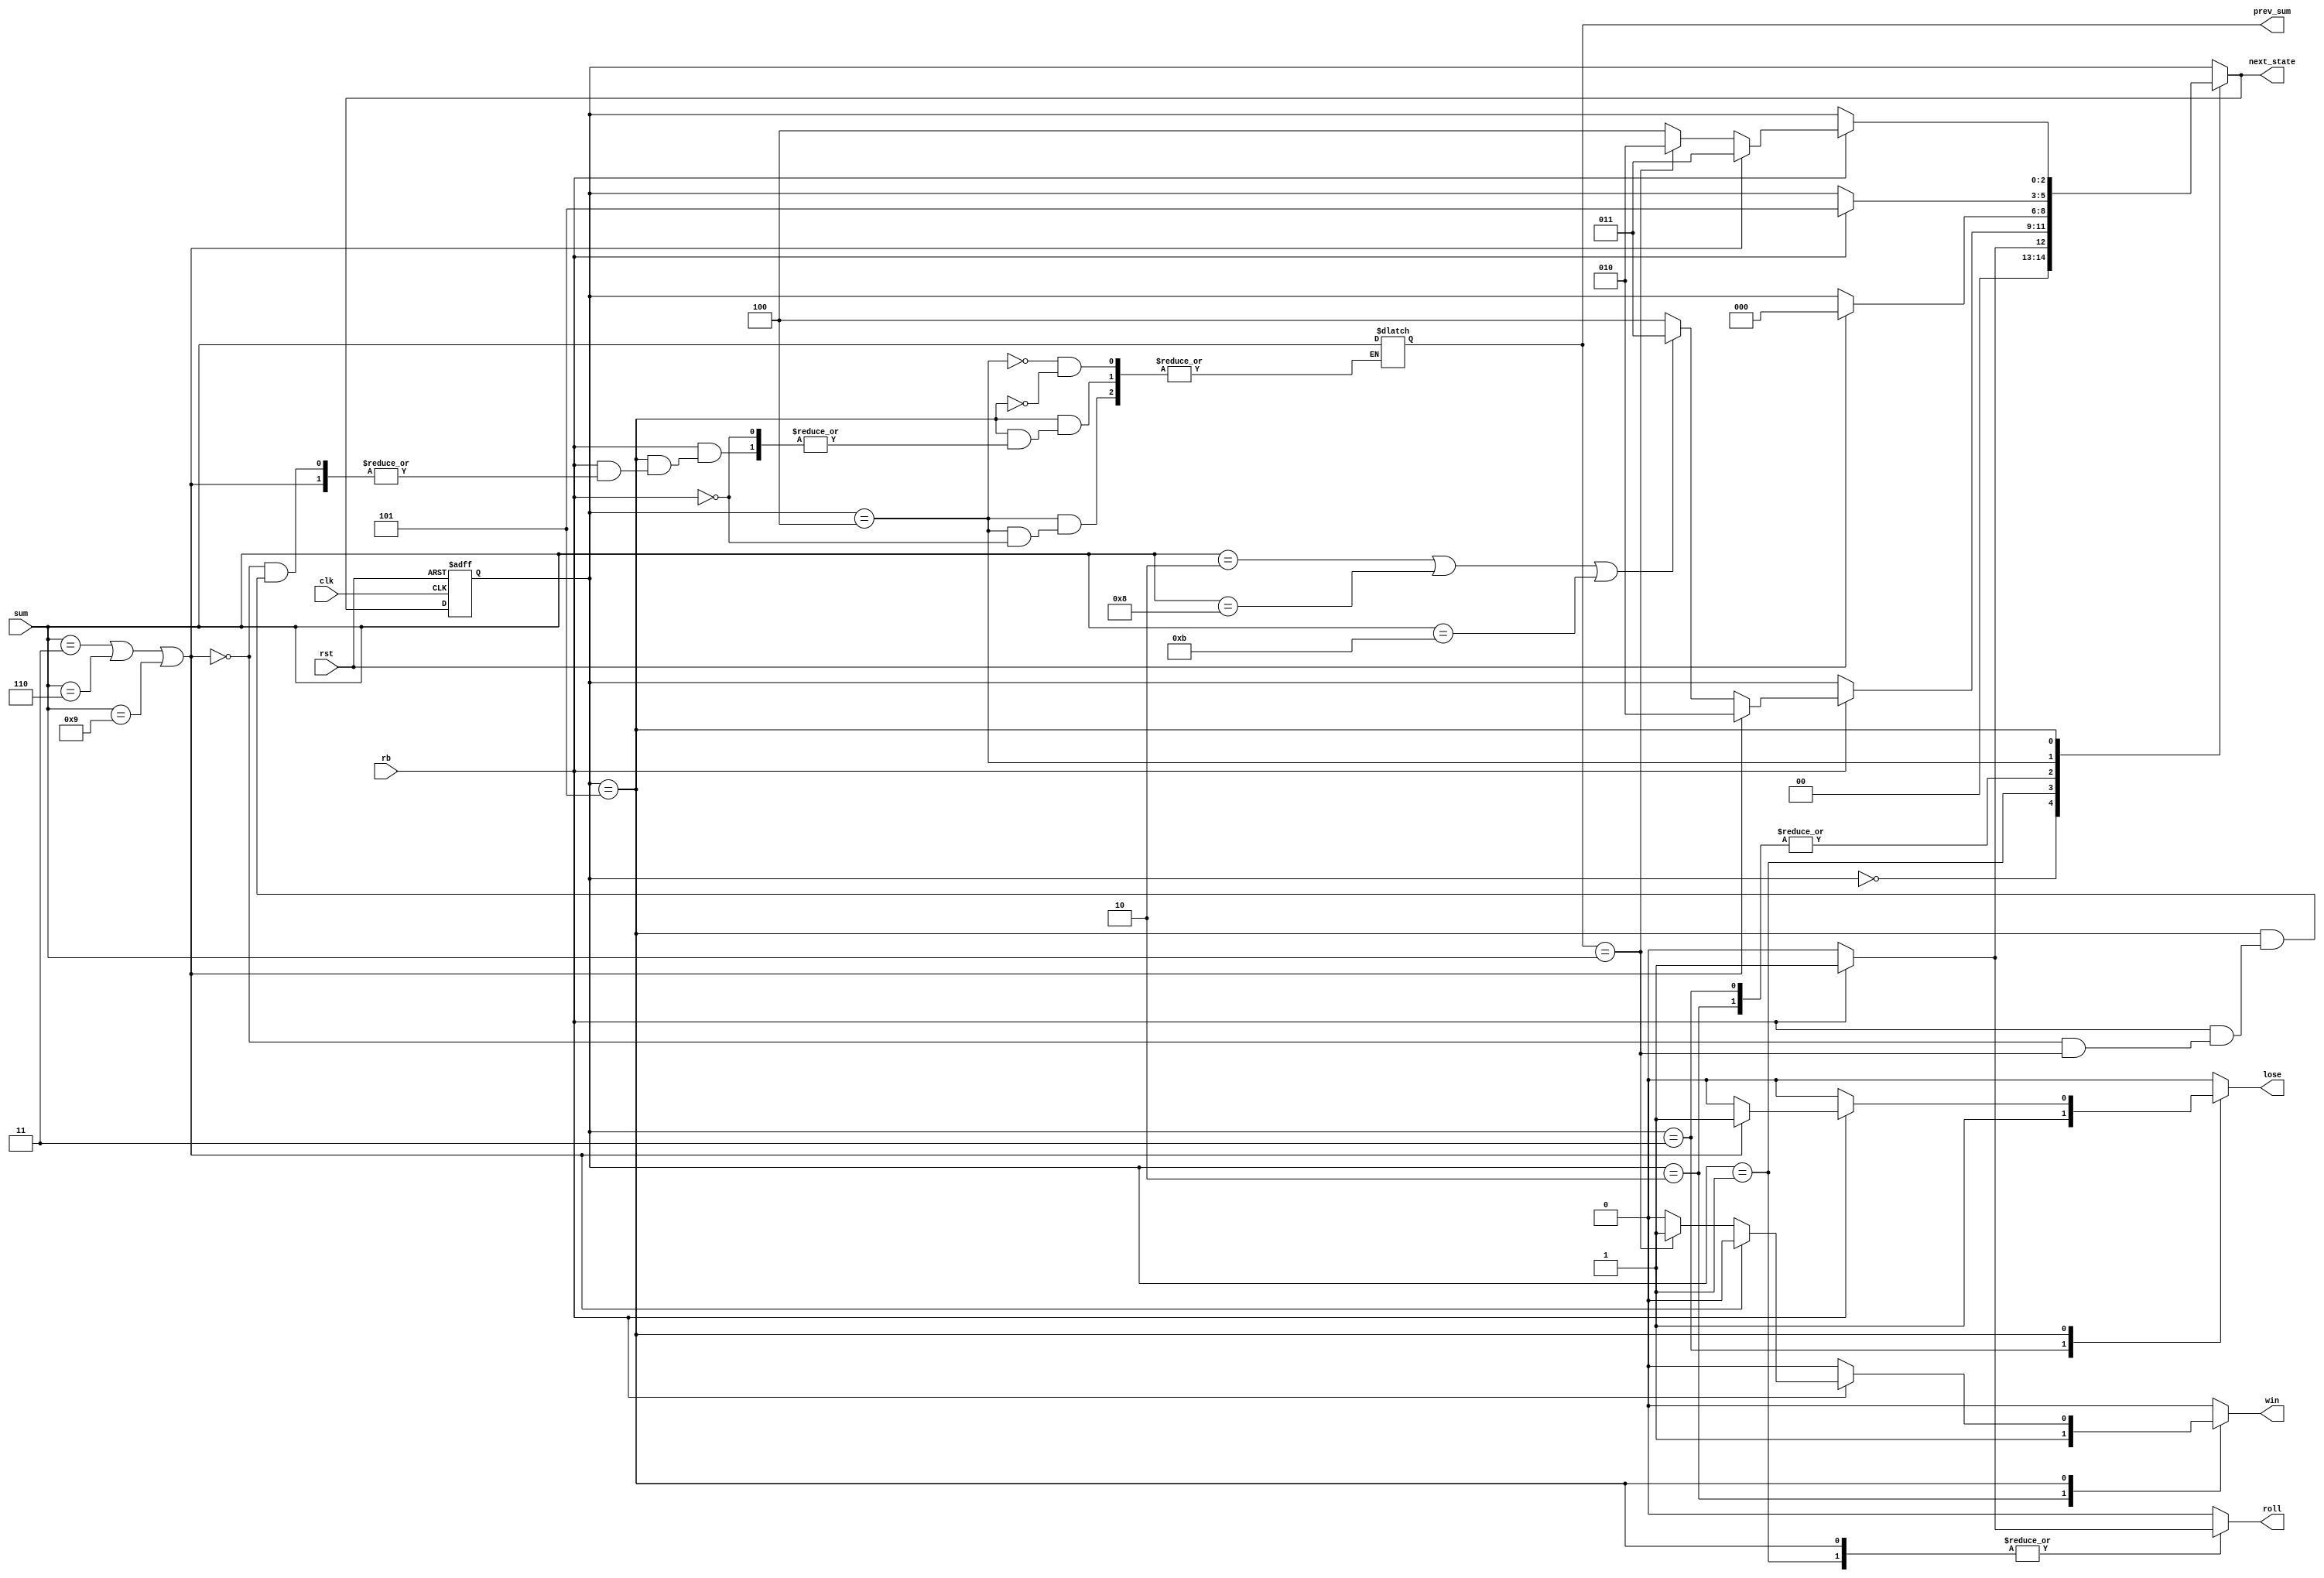
`timescale 1ns / 1ps

module Ddice(
    input clk, rst, rb,
    input [3:0] sum,
    output reg roll, win, lose,
    output reg [2:0] next_state,
    output reg [3:0] prev_sum
);

    reg [2:0] state;

    parameter s0 = 3'b000;
    parameter s1 = 3'b001;
    parameter s2 = 3'b010;
    parameter s3 = 3'b011;
    parameter s4 = 3'b100;
    parameter s5 = 3'b101;

    initial begin
        win = 0;
        lose = 0;
        roll = 0;
        next_state = s0;
        state = s0;
        prev_sum = 0;
    end

    always @* begin
        win = 0;
        lose = 0;
        roll = 0;
        next_state = state;
        
        case(state)
            s0: begin
                win = 0;
                lose = 0;
                roll = 0;
                if (rb == 1)
                    next_state = s1;
                else
                    next_state = s0;
            end
            s1: begin
                if (rb == 1) begin
                    roll = 1;
                    if (sum == 3 || sum == 6 || sum == 9) begin
                        next_state = s2;
                    end else if (sum == 2 || sum == 8 || sum == 11) begin
                        next_state = s3;
                    end else begin
                        next_state = s4;
                    end
                end
            end
            s2: begin
                win = 1;
                if (rst == 1)
                    next_state = s0;
            end
            s3: begin
                lose = 1;
                if (rst == 1)
                    next_state = s0;
            end
            s4: begin
                if (rb == 1) begin
                    prev_sum = sum;
                    next_state = s5;
                end
            end
            s5: begin
                if (rb == 1) begin
                    roll = 1;
                    if (sum == 3 || sum == 6 || sum == 9) begin
                        lose = 1;
                        next_state = s3;
                    end else if (prev_sum == sum) begin
                        win = 1;
                        next_state = s2;
                    end else begin
                        prev_sum = sum;
                        next_state = s4;
                    end
                end
            end
        endcase
    end

    always @(posedge clk or posedge rst) begin
        if (rst)
            state <= s0;
        else
            state <= next_state;
    end

endmodule